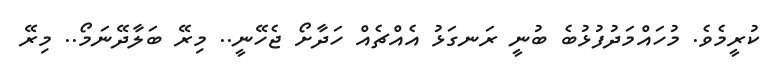
ކުރީމެވެ. މުހައްމަދުފުޅުބެ ބުނީ ރަނގަޅު އެއްޗެއް ހަދާށޯ ޖެހޭނީ.. މިރޭ ބަލާދޭނަމޯ.. މިރޭ